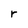
Character: r